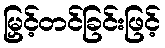
မြှင့်တင်ခြင်းဖြင့်